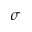
\sigma